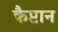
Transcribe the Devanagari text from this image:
कैप्टान